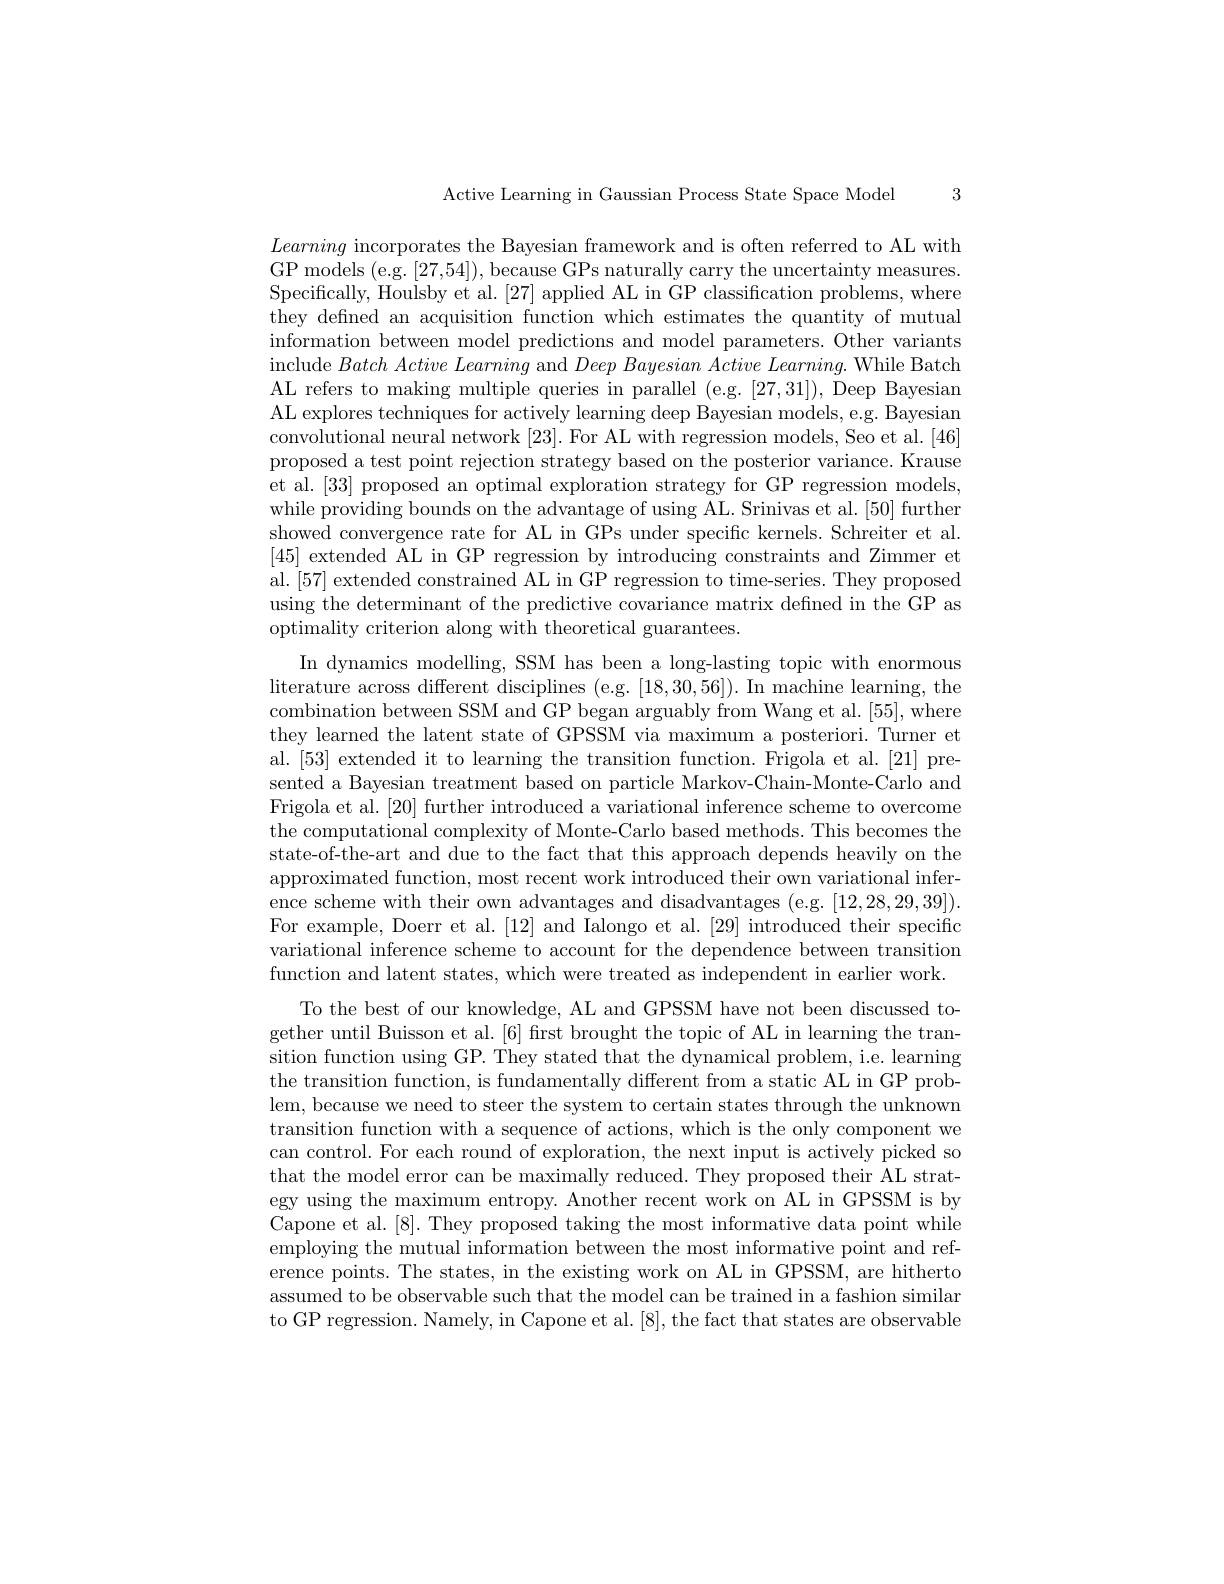
3

Active Learning in Gaussian Process State Space Model

Learning incorporates the Bayesian framework and is often referred to AL with GP models (e.g. [27,54]), because GPs naturally carry the uncertainty measures. Specifically, Houlsby et al. [27] applied AL in GP classification problems, where they defined an acquisition function which estimates the quantity of mutual information between model predictions and model parameters. Other variants include $Batch\textit{ Active Learning and Deep Bayesian Active Learning. While Batch}$ AL refers to making multiple queries in parallel (e.g.[27,31]), Deep Bayesian AL explores techniques for actively learning deep Bayesian models, e.g. Bayesian convolutional neural network [23]. For AL with regression models, Seo et al. [46] proposed a test point rejection strategy based on the posterior variance. Krause et al. [33] proposed an optimal exploration strategy for GP regression models, while providing bounds on the advantage of using AL. Srinivas et al. [50] further showed convergence rate for AL in GPs under specific kernels. Schreiter et al. [45] extended AL in GP regression by introducing constraints and Zimmer et al.[57] extended constrained AL in GP regression to time-series. They proposed using the determinant of the predictive covariance matrix defned in the GP as optimality criterion along with theoretical guarantees.

In dynamics modelling, SSM has been a long-lasting topic with enormous literature across different disciplines (e.g.[18,30,56]). In machine learning, the combination between SSM and GP began arguably from Wang et al. [55], where they learned the latent state of GPSSM via maximum a posteriori. Turner et al.[53] extended it to learning the transition function. Frigola et al.[21] presented a Bayesian treatment based on particle Markov-Chain-Monte-Carlo and Frigola et al. [20] further introduced a variational inference scheme to overcome the computational complexity of Monte-Carlo based methods. This becomes the state-of-the-art and due to the fact that this approach depends heavily on the approximated function, most recent work introduced their own variational inference scheme with their own advantages and disadvantages (e.g. [12,28,29,39]). For example, Doerr et al.[12] and Ialongo et al.[29] introduced their specific variational inference scheme to account for the dependence between transition function and latent states, which were treated as independent in earlier work.
To the best of our knowledge, AL and GPSSM have not been discussed together until Buisson et al.[6] first brought the topic of AL in learning the transition function using GP. They stated that the dynamical problem, i.e. learning the transition function, is fundamentally different from a static AL in GP problem, because we need to steer the system to certain states through the unknown transition function with a sequence of actions, which is the only component we can control. For each round of exploration, the next input is actively picked so that the model error can be maximally reduced. They proposed their AL strategy using the maximum entropy. Another recent work on AL in GPSSM is by Capone et al.[8]. They proposed taking the most informative data point while employing the mutual information between the most informative point and reference points. The states, in the existing work on AL in GPSSM, are hitherto assumed to be observable such that the model can be trained in a fashion similar to GP regression. Namely, in Capone et al. [8], the fact that states are observable